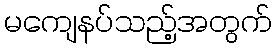
မကျေနပ်သည့်အတွက်